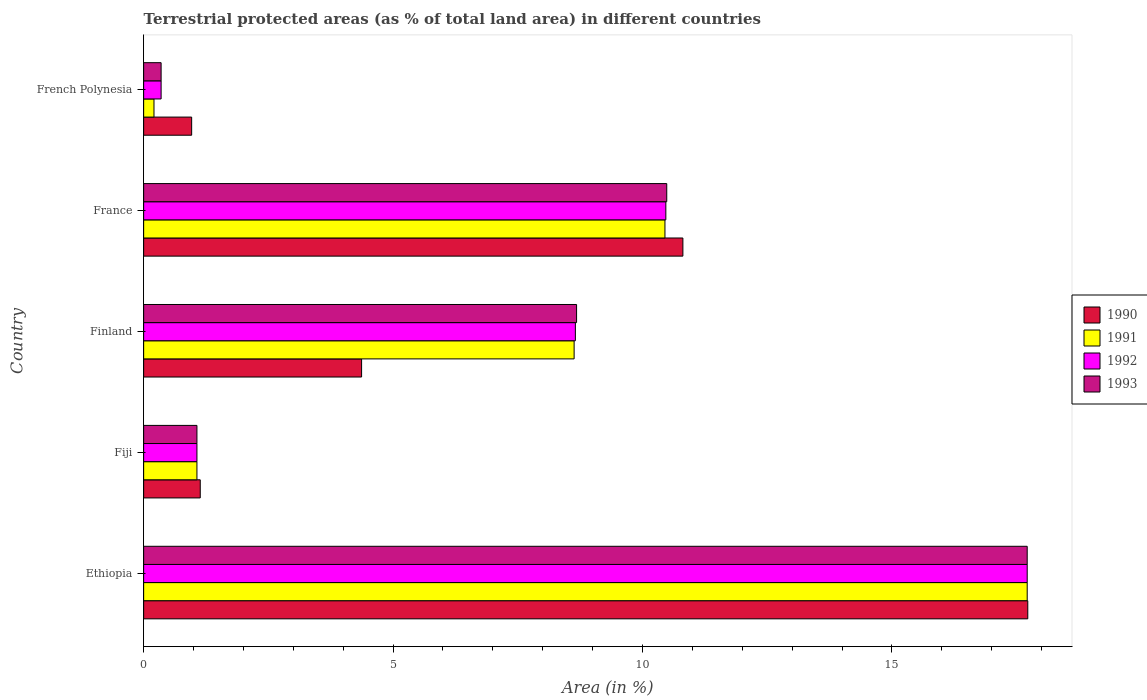
| Country | 1990 | 1991 | 1992 | 1993 |
 | --- | --- | --- | --- | --- |
 | Ethiopia | 17.7 | 17.7 | 17.7 | 17.7 |
 | Fiji | 1.13 | 1.07 | 1.07 | 1.07 |
 | Finland | 4.37 | 8.63 | 8.65 | 8.68 |
 | France | 10.8 | 10.4 | 10.5 | 10.5 |
 | French Polynesia | 0.962 | 0.207 | 0.35 | 0.35 |